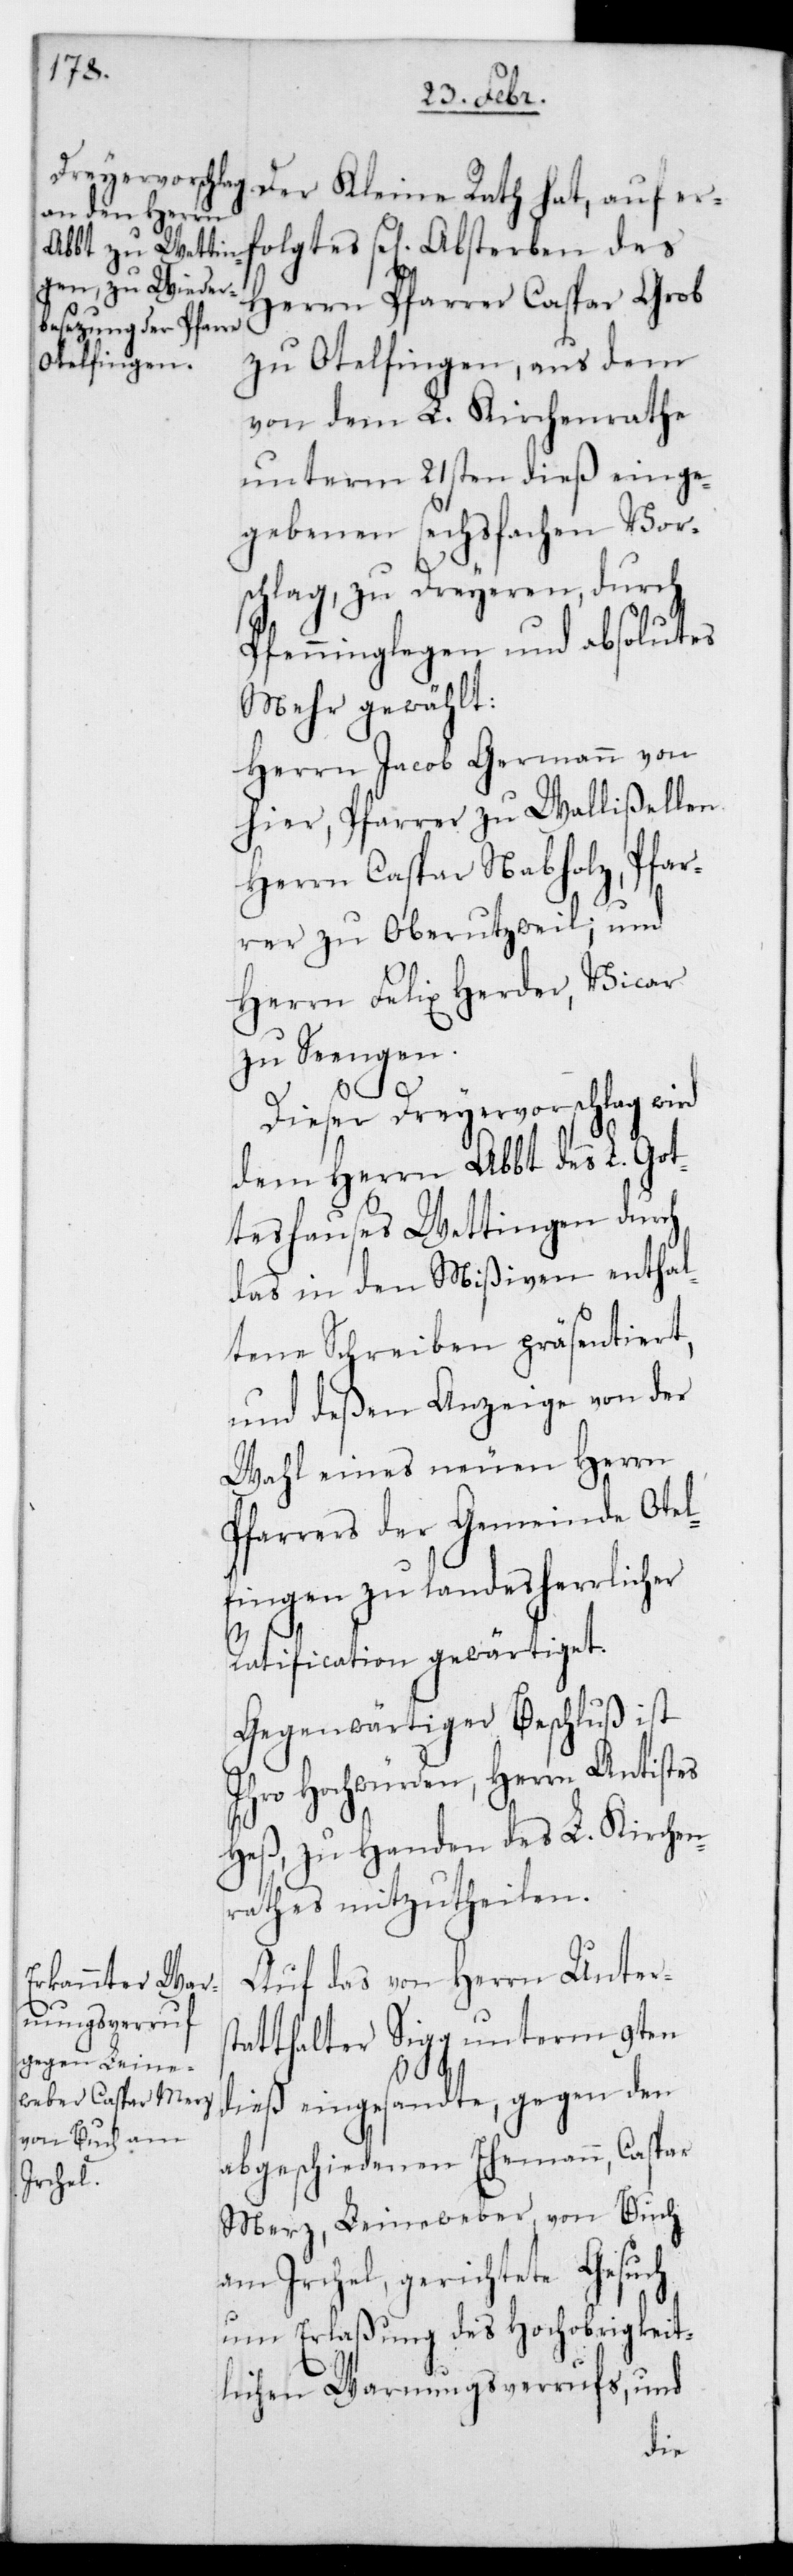
Herrn Pfarrer Caspar Grob
zu Otelfingen, aus dem
von dem L. Kirchenrathe
unterm 21sten dieß einge¬
gebenen sechsfachen Vor¬
schlag, zu Dreyeren, durch
Pfenninglegen und absolutes
Mehr gewählt:
Herrn Jacob Germann von
hier, Pfarrer zu Wallisellen.
Herrn Caspar Nabholz, Pfar¬
rer zu Oberuzwil; und
Herrn Felix Herder, Vicar
zu Seengen.
Dieser Dreyervorschlag wird
dem Herrn Abbt des L. Got¬
teshauses Wettingen durch
das in den Mißiven enthal¬
tene Schreiben präsentiert,
und deßen Anzeige von der
Wahl eines neuen Herrn
Pfarrers der Gemeinde Otel¬
fingen zu landesherrlicher
des
Ratification gewärtiget.
Gegenwärtiger Beschluß ist
Ihro Hochwürden, Herrn Antistes
Heß, zu Handen des L. Kirchen¬
rathes mitzutheilen.
Auf das von Herrn Unters¬
tatthalter Sigg unterm 9ten
dieß eingesandte, gegen den
abgeschiedenen Ehemann, Caspar
Merz, Leineweber, von Buch
am Irchel, gerichtete Gesuch
um Erlaßung des Hochobrigkeit¬
lichen Warnungsverrufs, und